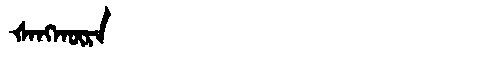
Manchu: ᡧᠠᠩᡴᡡᡵᠠ
Romanization: ŠANGKŪRA